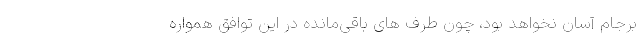
برجام آسان نخواهد بود، چون طرف های باقی‌مانده در این توافق همواره